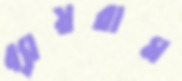
ব্যায়রাম